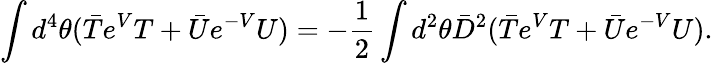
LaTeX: \int d^{4}\theta(\bar{T}e^{V}T+\bar{U}e^{-V}U)=-\frac{1}{2}\int d^{2}\theta\bar{D}^{2}(\bar{T}e^{V}T+\bar{U}e^{-V}U).